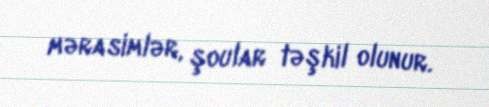
mərasimlər, şoular təşkil olunur.